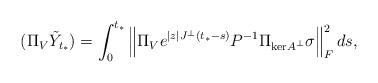
LaTeX: \begin{align*} (\Pi_V \tilde{Y}_{t_*}) = \int_0^{t_*} \left\| \Pi_V e^{|z|J^\perp(t_*-s)}P^{-1}\Pi_{\mathrm{ker}A^\perp}\sigma \right\|_F^2 ds,\end{align*}